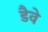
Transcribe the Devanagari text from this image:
डैवे